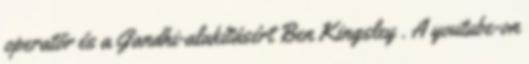
operatőr és a Gandhi-alakításért Ben Kingsley . A youtube-on